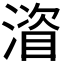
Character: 𪶻